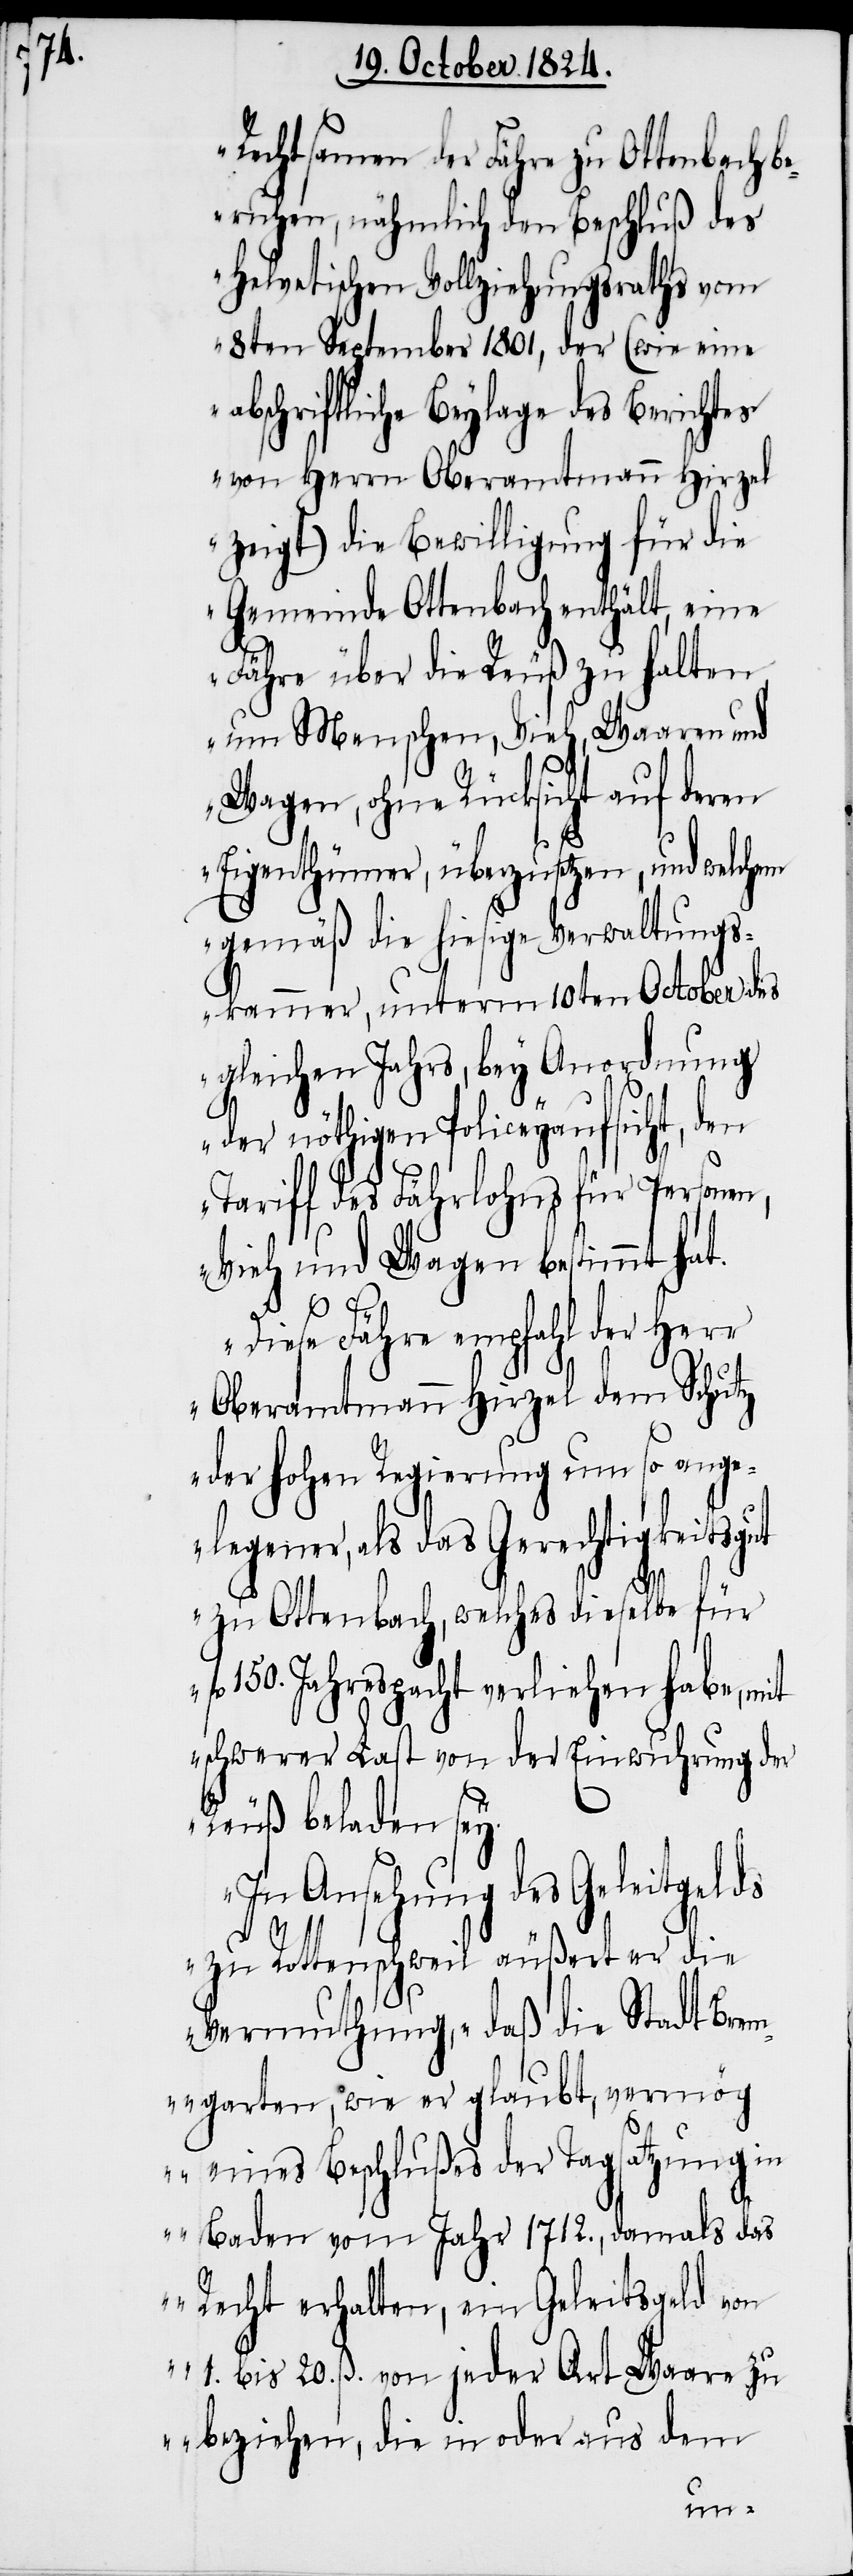
Rechtsamen der Fähre zu Ottenbach b¬
eruhen, nähmlich den Beschluß des
Helvetischen Vollziehungsraths vom
8ten September 1801, der (wie eine
abschriftliche Beylage des Berichtes
von Herrn Oberamtmann Hirzel
zeigt) die Bewilligung für die
Gemeinde Ottenbach enthält, eine
Fähre über die Reuß zu halten,
um Menschen, Vieh, Waaren und
Wagen, ohne Rücksicht auf deren
Eigenthümer, überzusetzen, und mit
gemäß die hiesige Verwaltungs¬
kammer, unterm 10ten October des
gleichen Jahrs, bey Anordnung
der nöthigen Policeyaufsicht, den
Tariff des Fährlohns für Person¬
Vieh und Wagen bestimmt hat.
Diese Fähre empfahl der Herr
Oberamtmann dem Schutz
der hohen Regierung um so ange¬
legener, als das Gerechtigkeitsgut
zu Ottenbach, welches dieselbe für
fl 150. Jahrespacht verliehen habe, mit
schwerer Last von der Einwuhrung der
Reuß beladen sey.
In Ansehung des Geleitgelds
zu Rottenschweil äußert er die
Vermuthung, „daß die Stadt Brem¬
garten, wie er glaubt, vermög
eines Beschlußes der Tagsatzung in
Baden vom Jahr 1712., damals das
Recht erhalten, ein Geleitsgeld von
1. bis 20. ß. von jeder Art Waare zu
beziehen, die in oder aus dem
en,